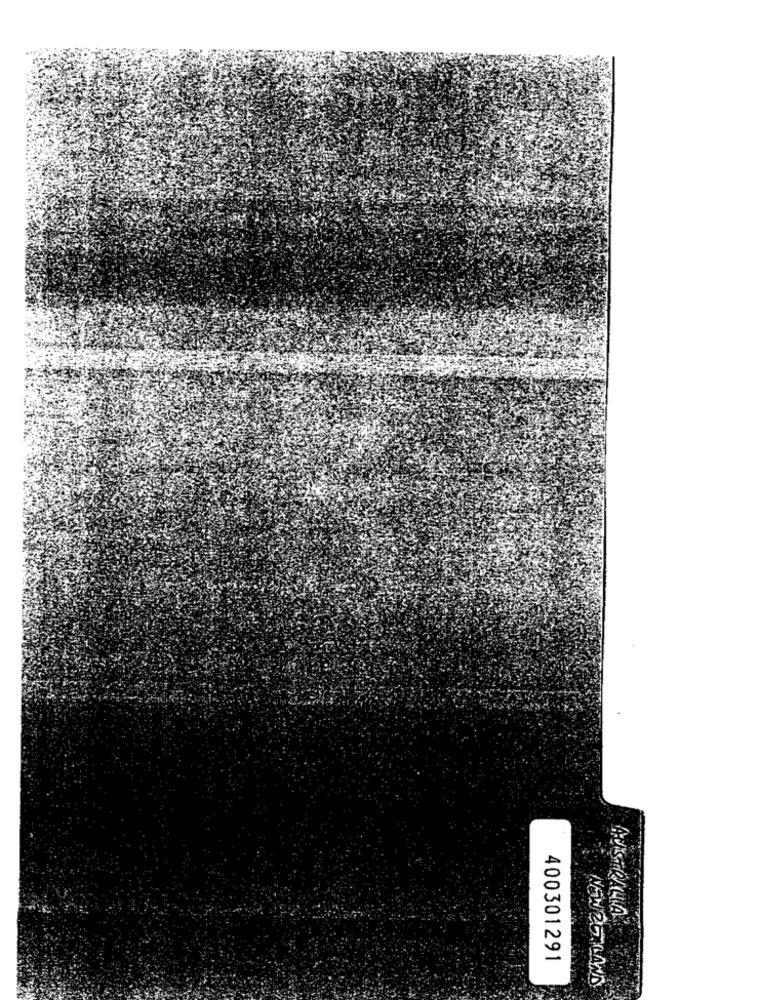
AUSTRALIA
400301291
NEW 25 LAND